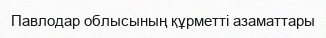
Павлодар облысының құрметті азаматтары